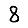
Digit: 8